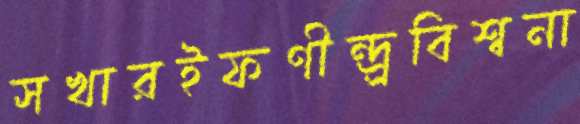
সখারইফণীন্দ্র্রবিশ্বনা